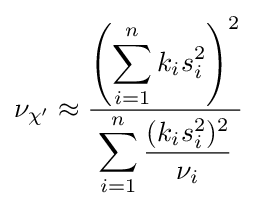
\nu _{\chi '}\approx {\frac {\displaystyle \left(\sum _{i=1}^{n}k_{i}s_{i}^{2}\right)^{2}}{\displaystyle \sum _{i=1}^{n}{\frac {(k_{i}s_{i}^{2})^{2}}{\nu _{i}}}}}